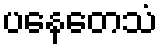
ပနေတေသံ